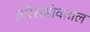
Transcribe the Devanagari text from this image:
तारेसभोवताल